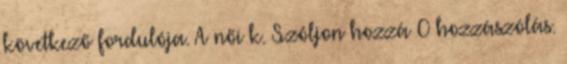
következő fordulója. A női k. Szóljon hozzá 0 hozzászólás.